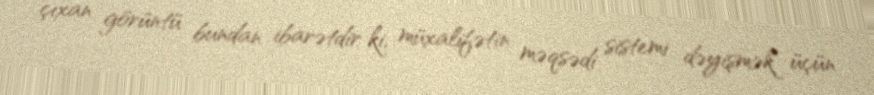
çıxan görüntü bundan ibarətdir ki, müxalifətin məqsədi sistemi dəyişmək üçün